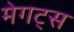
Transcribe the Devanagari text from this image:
मेगट्स